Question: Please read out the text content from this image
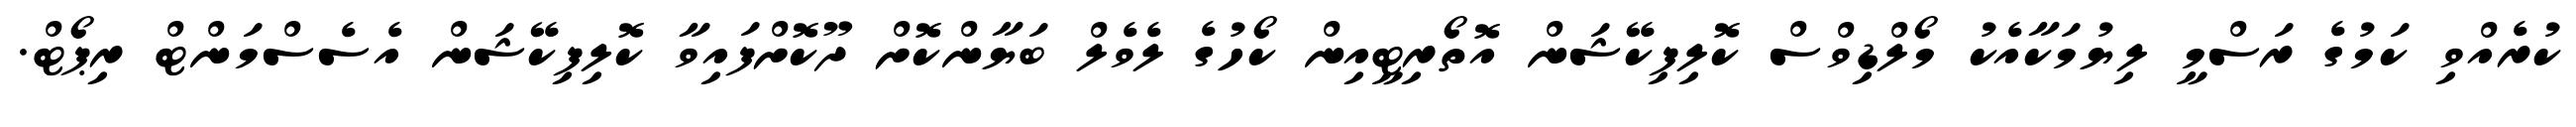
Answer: ކުރެއްވި ކަމުގެ ރަސްމީ ލިޔުމަކާއެކު މޯލްޑިވްސް ކޮލިފިކޭޝަން އޮތޯރިޓީއިން ކޯހުގެ ލެވެލް ބަޔާންކޮށް ދޫކޮށްފައިވާ ކޮލިފިކޭޝަން އެސެސްމަންޓް ރިޕޯޓް.